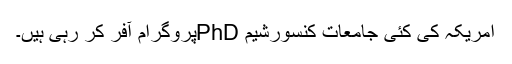
امریکہ کی کئی جامعات کنسورشیم PhDپروگرام آفر کر رہی ہیں۔